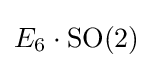
E_{6}\cdot \mathrm {SO} (2)